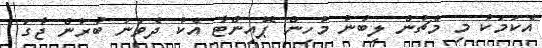
އެކަމަކު މި މެޗުން ލިބުނު މުހިން ޕޮއިންޓާ އެކު ދެވަނަ ބުރުން ޖާގަ